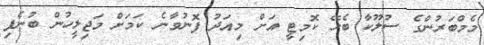
މެމްބަރުންގެ ސުލޫކާ ބެހޭ ކޮމިޓީ އަށް މިއަދު ފޮނުވާނެ ކަމަށް މަޖިލީހުން ބުނެފި